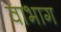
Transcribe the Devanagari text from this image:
वाभाग